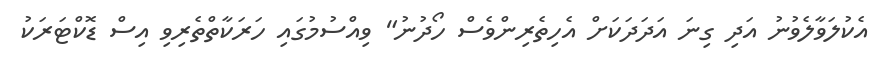
އެކުލަވާލެވުނު އަދި ގިނަ އަދަދަކަށް އެހިތެރިންވެސް ހޯދުނު" ވިއްސުމުގައި ހަރަކާތްތެރިވި އިސް ޑޮކްޓަރަކު